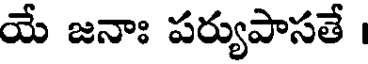
యే జనాః పర్యుపాసతే